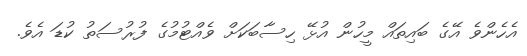
އެހެންވެ އޭގެ ބައިތައް މީހުން އުޅޭ ހިސާބަކަށް ވެއްޓުމުގެ ފުރުސަތު ކުޑަ އެވެ.